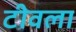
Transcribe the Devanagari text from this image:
टीवला